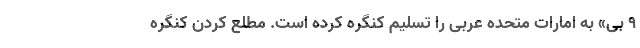
۹ بی» به امارات متحده عربی را تسلیم کنگره کرده است. مطلع کردن کنگره